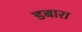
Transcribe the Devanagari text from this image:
डबारा